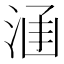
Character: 𣵊